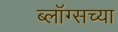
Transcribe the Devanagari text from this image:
ब्लॉग्सच्या